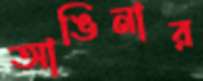
আঙিনার